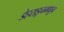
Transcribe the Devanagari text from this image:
डेहराडूनमधून